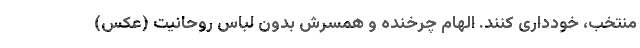
منتخب، خودداری کنند. الهام چرخنده و همسرش بدون لباس روحانیت (عکس)